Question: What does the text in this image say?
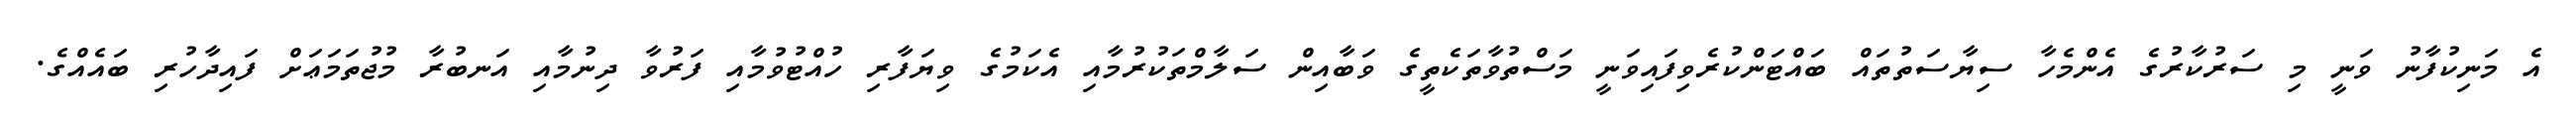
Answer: އެ މަނިކުފާނު ވަނީ މި ސަރުކާރުގެ އެންމެހާ ސިޔާސަތުތައް ބައްޓަންކުރެވިފައިވަނީ މަސްތުވާތަކެތީގެ ވަބާއިން ސަލާމްތަކުރުމާއި އެކަމުގެ ވިޔަފާރި ހުއްޓުވުމާއި ފަރުވާ ދިނުމާއި އަނބުރާ މުޖުތަމަޢަށް ފައިދާހުރި ބައެއްގެ.